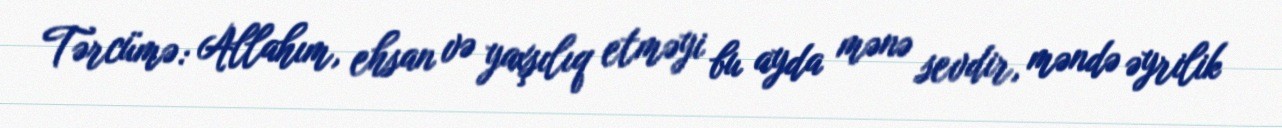
Tərcümə: Allahım, ehsan və yaxşılıq etməyi bu ayda mənə sevdir, məndə əyrilik